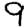
Digit: 9